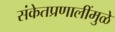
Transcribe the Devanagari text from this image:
संकेतप्रणालींमुळे